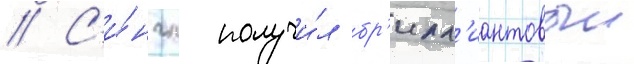
// С'и́нгл получи́л бр'илл'иантовыи